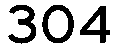
304